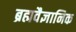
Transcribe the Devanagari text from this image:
ब्रह्मवैज्ञानिक